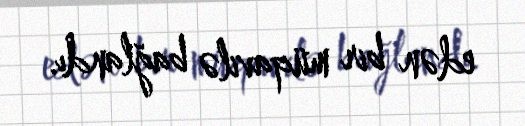
edən bir müqavilə bağlandı.